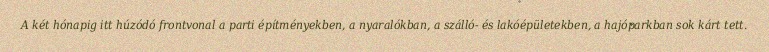
A két hónapig itt húzódó frontvonal a parti építményekben, a nyaralókban, a szálló- és lakóépületekben, a hajóparkban sok kárt tett.